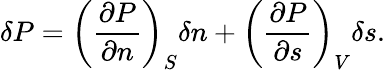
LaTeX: \delta P=\left(\frac{\partial P}{\partial n}\right)_{S}\delta n+\left(\frac{\partial P}{\partial s}\right)_{V}\delta s.